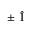
\pm \hat { \textbf { l } }